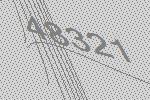
48321